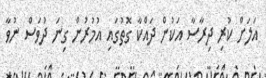
އަލަށް ކުރި ދިރާސާ އަކުން ދައްކާ ގޮތުގައި އުމުރުން ގިނަ ދުވަސް ނުވާ